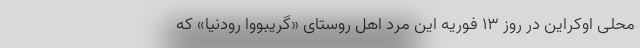
محلی اوکراین در روز ۱۳ فوریه این مرد اهل روستای «گریبووا رودنیا» که